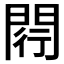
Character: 𨴠